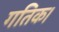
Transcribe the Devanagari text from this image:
गतिक।